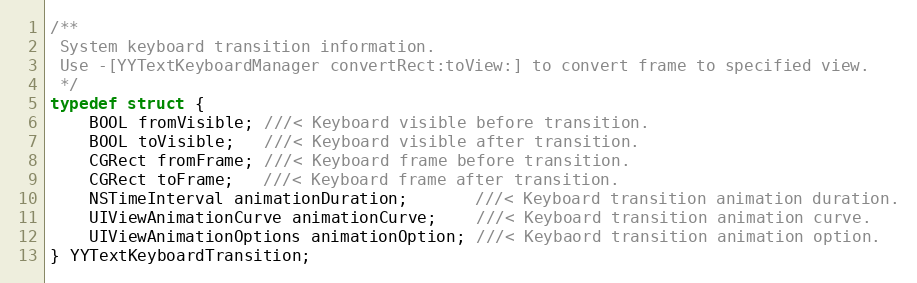
Language: C
/**
 System keyboard transition information.
 Use -[YYTextKeyboardManager convertRect:toView:] to convert frame to specified view.
 */
typedef struct {
    BOOL fromVisible; ///< Keyboard visible before transition.
    BOOL toVisible;   ///< Keyboard visible after transition.
    CGRect fromFrame; ///< Keyboard frame before transition.
    CGRect toFrame;   ///< Keyboard frame after transition.
    NSTimeInterval animationDuration;       ///< Keyboard transition animation duration.
    UIViewAnimationCurve animationCurve;    ///< Keyboard transition animation curve.
    UIViewAnimationOptions animationOption; ///< Keybaord transition animation option.
} YYTextKeyboardTransition;